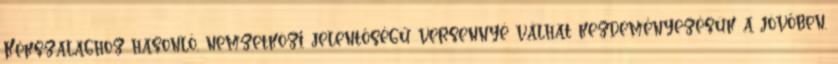
Kékszalaghoz hasonló, nemzetközi jelentőségű versennyé válhat kezdeményezésük a jövőben.